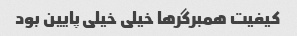
کیفیت همبرگر‌ها خیلی خیلی پایین بود